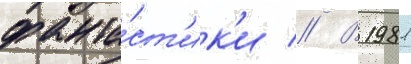
фанта́ст'ик'и // В 1981